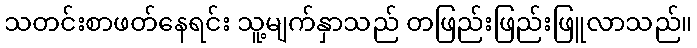
သတင်းစာဖတ်နေရင်း သူ့မျက်နှာသည် တဖြည်းဖြည်းဖြူလာသည်။